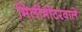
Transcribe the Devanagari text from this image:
मिलीमीटरवाले